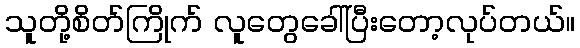
သူတို့စိတ်ကြိုက် လူတွေခေါ်ပြီးတော့လုပ်တယ်။